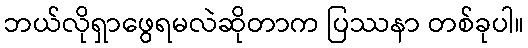
ဘယ်လိုရှာဖွေရမလဲဆိုတာက ပြဿနာ တစ်ခုပါ။